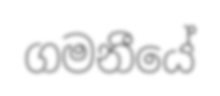
ගමනීයේ